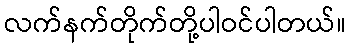
လက်နက်တိုက်တို့ပါဝင်ပါတယ်။